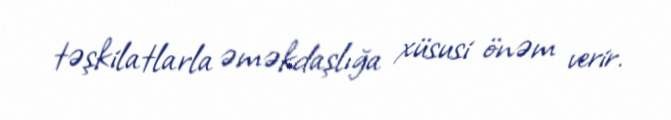
təşkilatlarla əməkdaşlığa xüsusi önəm verir.